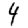
Digit: 4